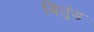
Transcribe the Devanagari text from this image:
बितुंड